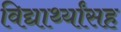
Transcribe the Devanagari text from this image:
विद्यार्थ्यांसह